Civil Veterinary Dept. North-West Frontier Province 1933-46 - 1933-1946
Year: 1933
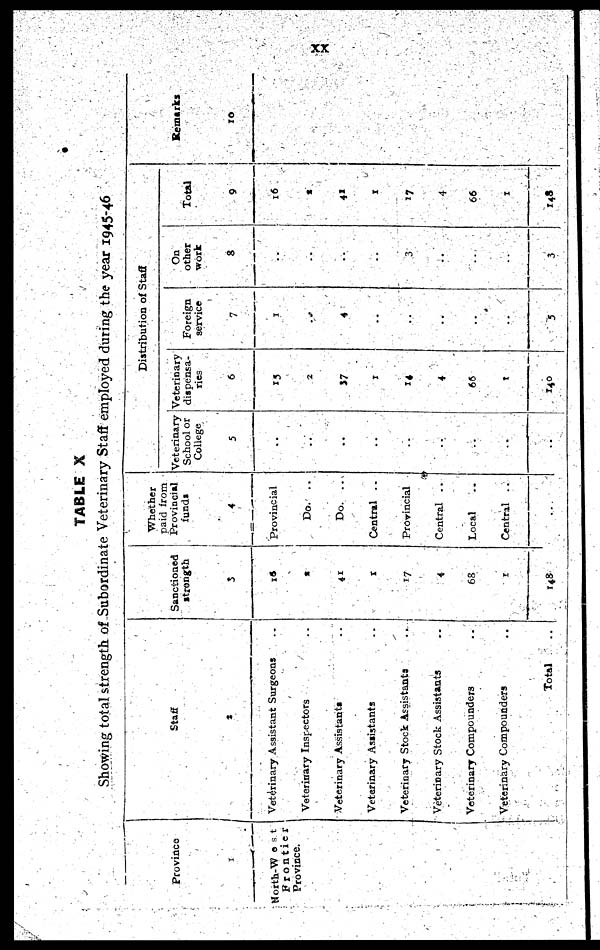
XX
TABLE X
Showing total strength of Subordinate Veterinary Staff employed during the year 1945-46
Province
1
North-West
Frontier
Province.
Staff
2
Veterinary Assistant Surgeons ..
Veterinary Inspectors ..
Veterinary Assistants ..
Veterinary Assistants ..
Veteriuary Stock Assistants ..
Veterinary Stock Assistants ..
Veterinary Compounders ..
Veterinary Compounders ..
Total ..
Sanctioned
strength
5
16
2
41
1
17
4
68
1
148
Whether
paid from
Provincial
funds
4
Provincial
Do. ..
Do. ...
Central ..
Provincial
Central ..
Local ..
Central ..
..
Distribution of Staff
Veterinary
School or
College
5
..
..
..
..
..
..
..
..
..
Veterinary
dispensa-
ries
6
15
2
37
1
14
4
66
1
140
Foreign
service
7
1
..
4
..
..
..
..
..
5
On
other
work
8
..
..
..
..
3
..
..
..
3
Total
9
16
2
41
1
17
4
66
1
148
Remarks